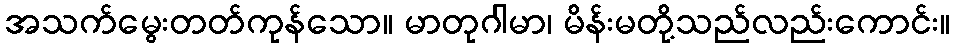
အသက်မွေးတတ်ကုန်သော။ မာတုဂါမာ၊ မိန်းမတို့သည်လည်းကောင်း။